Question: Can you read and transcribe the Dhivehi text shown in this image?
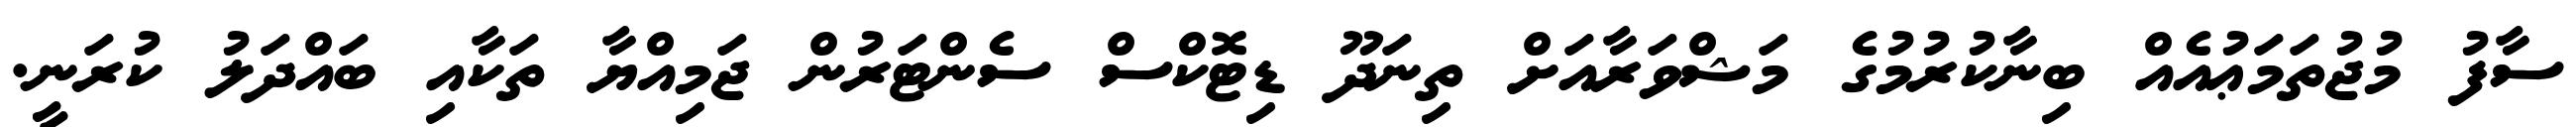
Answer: ސާފު މުޖުތަމަޢުއެއް ބިނާކުރުމުގެ މަޝްވަރާއަށް ތިނަދޫ ޑިޓޮކްސް ސެންޓަރުން ޖަމިއްޔާ ތަކާއި ބައްދަލު ކުރަނީ.